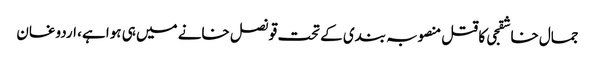
جمال خاشقجی کا قتل منصوبہ بندی کے تحت قونصل خانے میں ہی ہوا ہے، اردوغان